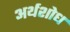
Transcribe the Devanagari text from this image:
अर्थशोध